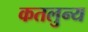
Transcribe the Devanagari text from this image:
कतलुन्य